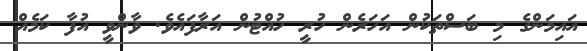
އައިމަންގެ މި ބަސްތަކުން އަހަރެން ހުރީ ހުއްޓުން އަރާފައެވެ. ވާންވީ އުފާ ކަމެއް